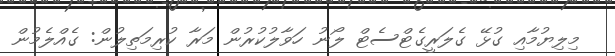
މިލިޔުމާއި ގުޅޭ ގެލަރީގެޓްސެޓް ލޯނު ހަވާލުކުރުން މަރާ ކުރިމަތިލުން: ގެއްލެމުން